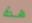
هذه